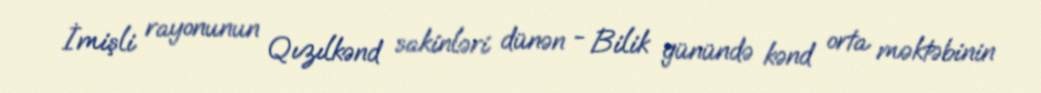
İmişli rayonunun Qızılkənd sakinləri dünən - Bilik günündə kənd orta məktəbinin